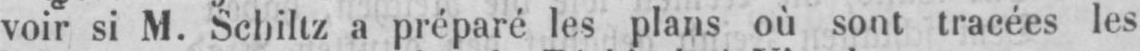
voir si M. Schiltz a préparé les plans où sont tracées les